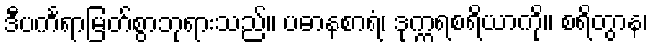
ဒီပင်္ကရာမြတ်စွာဘုရားသည်။ ပဓာနစာရံ၊ ဒုက္ကရစရိယာကို။ စရိတွာန၊